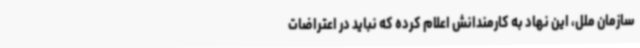
سازمان ملل، این نهاد به کارمندانش اعلام کرده که نباید در اعتراضات